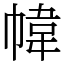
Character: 幃